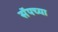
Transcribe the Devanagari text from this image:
सॅपच्या